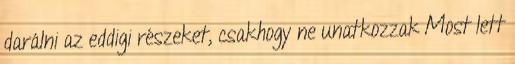
darálni az eddigi részeket, csakhogy ne unatkozzak Most lett